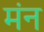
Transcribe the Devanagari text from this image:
मंन